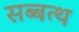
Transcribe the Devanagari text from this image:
सब्बत्थ